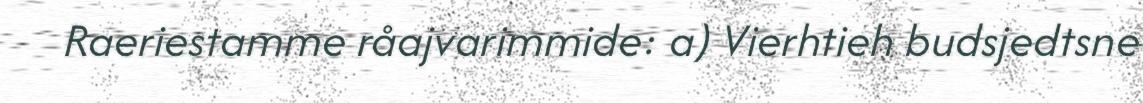
Raeriestamme råajvarimmide: a) Vierhtieh budsjedtsne